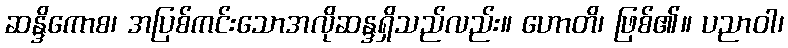
ဆန္ဒိကောစ၊ အပြစ်ကင်းသောအလိုဆန္ဒရှိသည်လည်း။ ဟောတိ၊ ဖြစ်၏။ ပညာဝါ၊